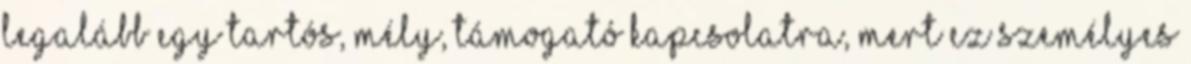
legalább egy tartós, mély, támogató kapcsolatra, mert ez személyes